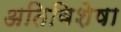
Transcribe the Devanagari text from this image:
अतिविशेषा